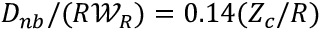
{ D _ { n b } } / ( R { \mathcal { W } } _ { R } ) = 0 . 1 4 ( Z _ { c } / R )